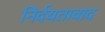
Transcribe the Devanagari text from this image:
निर्दयतावाद